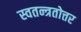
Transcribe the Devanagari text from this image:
स्वतन्त्रतोत्तर